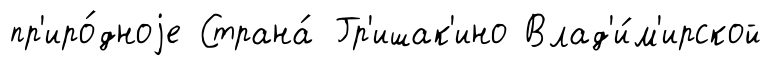
пр'иро́дноjе Страна́ Гр'ишак'ино Влад'и́м'ирской